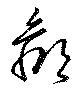
鄙